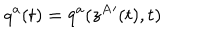
LaTeX: q ^ { a } ( t ) = q ^ { a } ( z ^ { A } { } ^ { \prime } ( t ) , t )